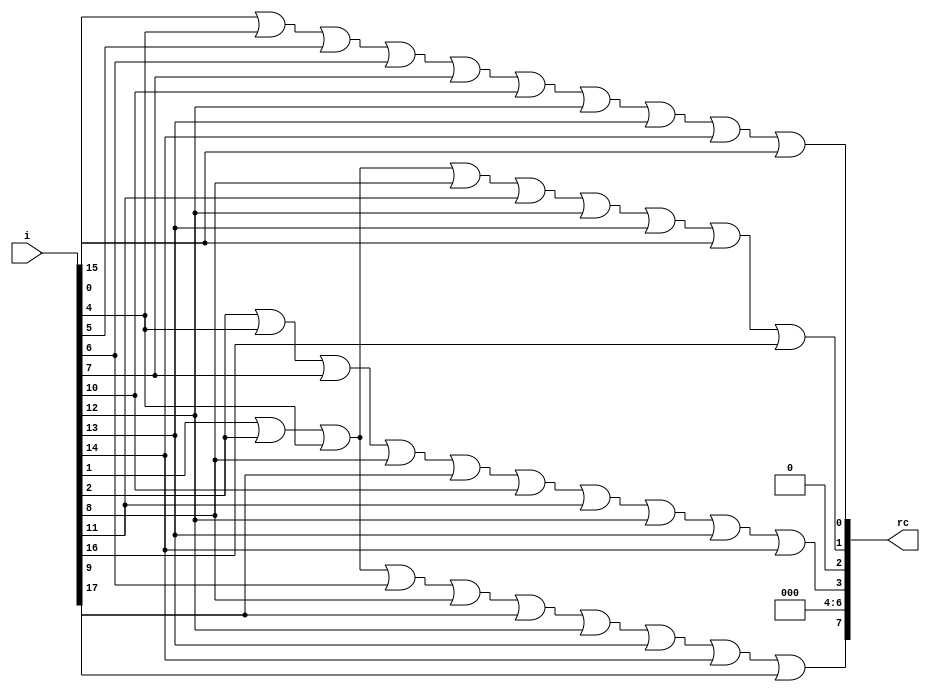
/*
 * Copyright 2013, Homer Hsing <homer.hsing@gmail.com>
 *
 * Licensed under the Apache License, Version 2.0 (the "License");
 * you may not use this file except in compliance with the License.
 * You may obtain a copy of the License at
 *
 * http://www.apache.org/licenses/LICENSE-2.0
 *
 * Unless required by applicable law or agreed to in writing, software
 * distributed under the License is distributed on an "AS IS" BASIS,
 * WITHOUT WARRANTIES OR CONDITIONS OF ANY KIND, either express or implied.
 * See the License for the specific language governing permissions and
 * limitations under the License.
 */

/* round constant */
module rconst_200(i, rc);
    input      [17:0] i;
    output reg [7:0] rc;
    
    always @ (i)
      begin
        rc = 0;
        rc[0] = i[0] | i[4] | i[5] | i[6] | i[7] | i[10] | i[12] | i[13] | i[14] | i[15];
        rc[1] = i[1] | i[2] | i[4] | i[8] | i[11] | i[12] | i[13] | i[15] | i[16];
        rc[3] = i[2] | i[4] | i[7] | i[8] | i[9] | i[10] | i[11] | i[12] | i[13] | i[14];
        rc[7] = i[1] | i[2] | i[4] | i[6] | i[8] | i[9] | i[12] | i[13] | i[14] | i[17];
      end
endmodule